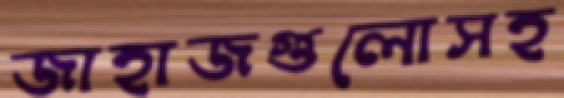
জাহাজগুলোসহ